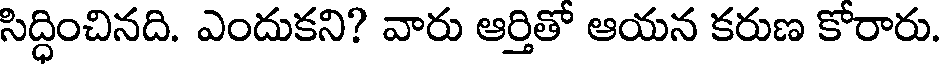
సిద్ధించినది. ఎందుకని? వారు ఆర్తితో ఆయన కరుణ కోరారు.